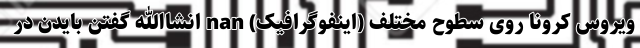
ویروس کرونا روی سطوح مختلف (اینفوگرافیک) nan انشاالله گفتن بایدن در